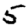
Digit: 5